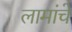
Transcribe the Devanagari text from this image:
लामांचे